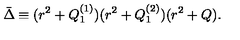
\bar { \Delta } \equiv ( r ^ { 2 } + Q _ { 1 } ^ { ( 1 ) } ) ( r ^ { 2 } + Q _ { 1 } ^ { ( 2 ) } ) ( r ^ { 2 } + Q ) .